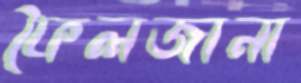
ফৈলজানা